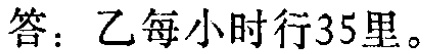
答：乙每小时行35里。